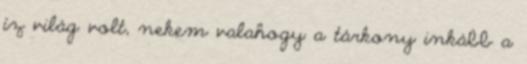
íz világ volt, nekem valahogy a tárkony inkább a